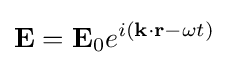
\mathbf {E} =\mathbf {E} _{0}e^{i(\mathbf {k} \cdot \mathbf {r} -\omega t)}